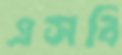
এসবি